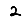
Digit: 2